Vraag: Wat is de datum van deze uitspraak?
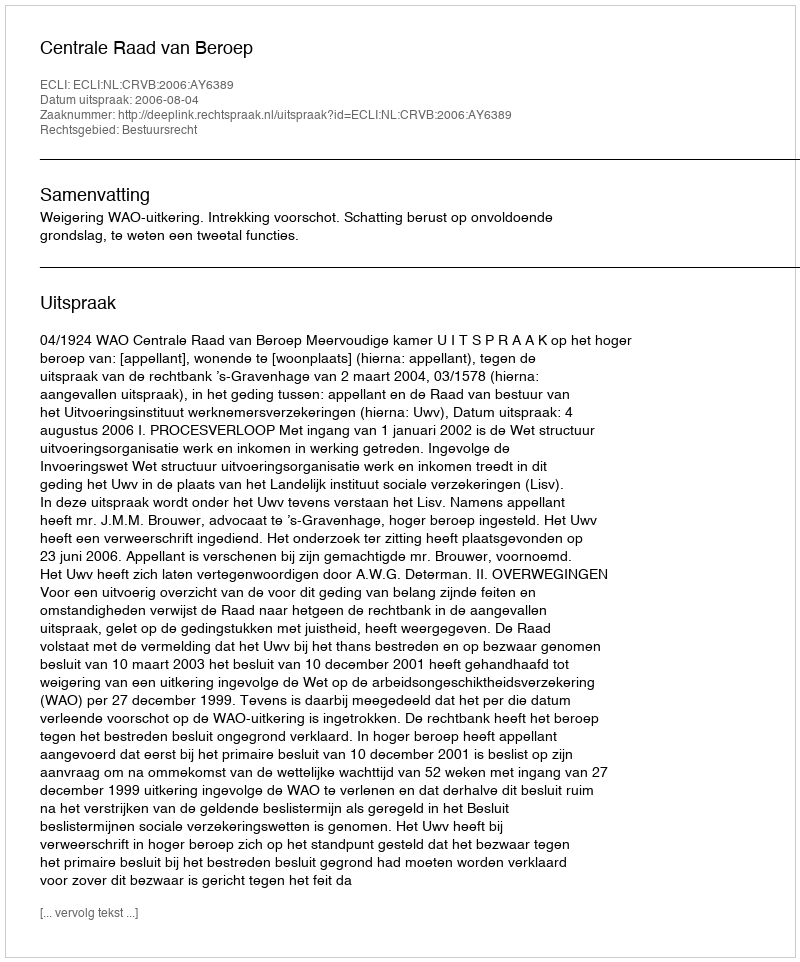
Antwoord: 2006-08-04